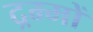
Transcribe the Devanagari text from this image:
द्रम्मों